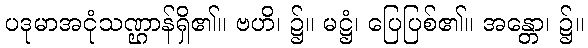
ပဒုမာအငုံသဏ္ဌာန်ရှိ၏။ ဗဟိ၊ ၌။ မဋ္ဌံ၊ ပြေပြစ်၏။ အန္တော၊ ၌။